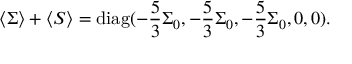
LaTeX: \langle \Sigma \rangle + \langle S \rangle = \mathrm { d i a g } ( - \frac { 5 } { 3 } \Sigma _ { 0 } , - \frac { 5 } { 3 } \Sigma _ { 0 } , - \frac { 5 } { 3 } \Sigma _ { 0 } , 0 , 0 ) .